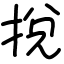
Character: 挩